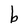
Character: b